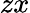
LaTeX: zx